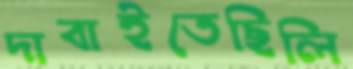
দাবাইতেছিলি